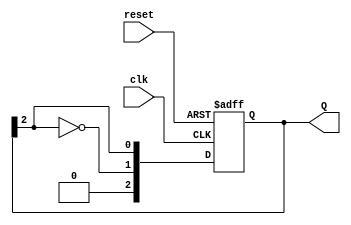
module ring_johnson_counter #(
    parameter N = 3  // Number of flip-flops (change as needed)
) (
    input wire clk,         // Clock signal
    input wire reset,       // Reset signal
    output reg [N-1:0] Q    // Output of the counter
);

    // Sequential logic for the Johnson counter
    always @(posedge clk or posedge reset) begin
        if (reset) begin
            // Initialize counter to 0
            Q <= {N{1'b0}};
        end else begin
            // Shift the bits
            Q <= {~Q[N-1], Q[N-1:N-1]}; // Feedback inverted last bit to first
        end
    end

endmodule